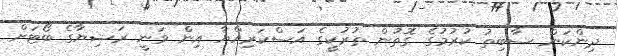
ދިންކަން ސާބިތު ކުރުމުގެ ގޮތުން ތުރުކީގެ އަސްކަރިއްޔާ އިން ވަނީ ރަޝިޔާގެ ބޯޓަށް